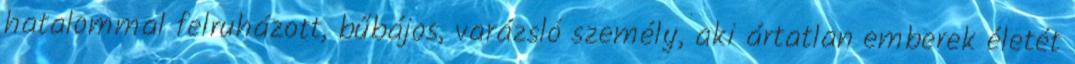
hatalommal felruházott, bűbájos, varázsló személy, aki ártatlan emberek életét